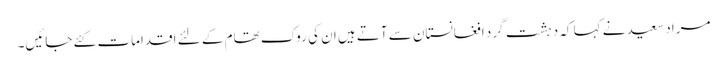
مراد سعید نے کہا کہ دہشت گرد افغانستان سے آتے ہیں ان کی روک تھام کے لئے اقدامات کئے جائیں۔